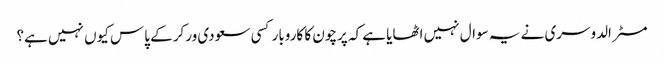
مسٹر الدوسری نے یہ سوال نہیں اٹھایا ہے کہ پرچون کا کاروبار کسی سعودی ورکر کے پاس کیوں نہیں ہے؟